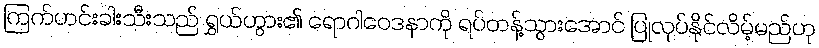
ကြက်ဟင်းခါးသီးသည် ရွှယ်ဟွား၏ ရောဂါဝေဒနာကို ရပ်တန့်သွားအောင် ပြုလုပ်နိုင်လိမ့်မည်ဟု